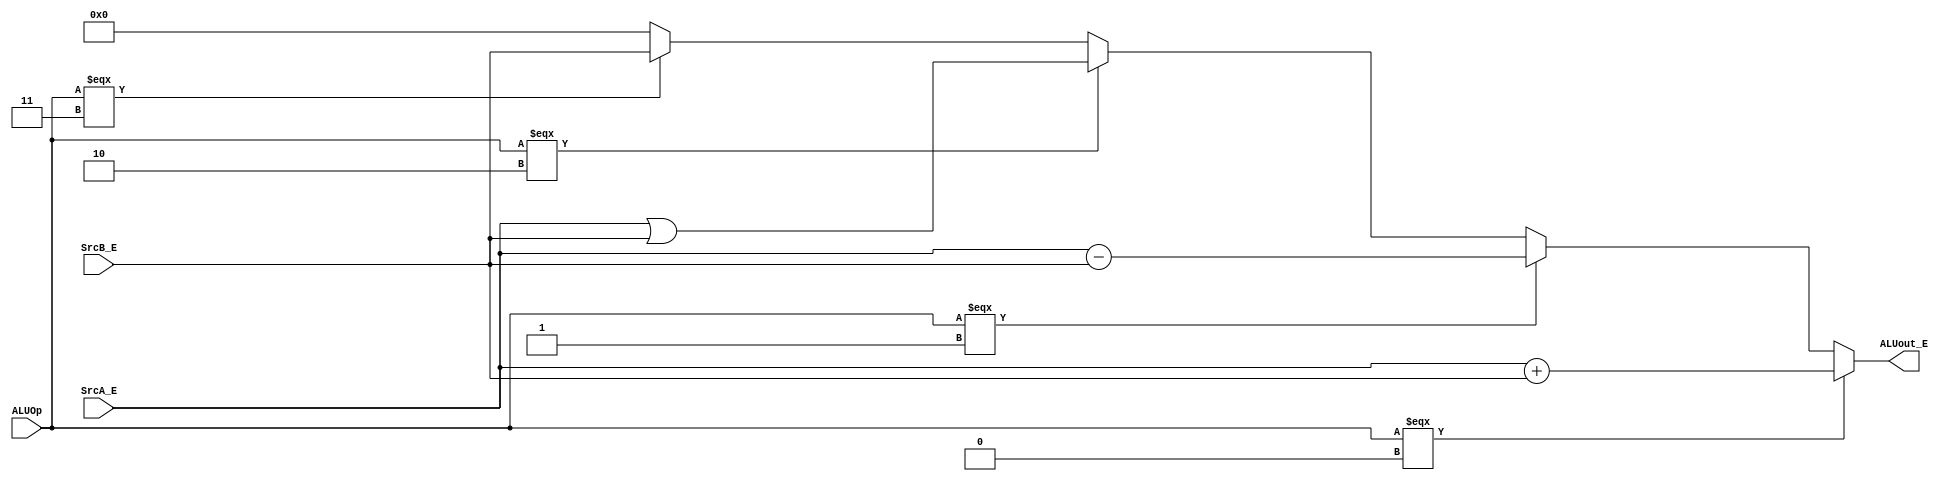
`timescale 1ns / 1ps
//////////////////////////////////////////////////////////////////////////////////
// Company: 
// Engineer: 
// 
// Design Name: 
// Module Name:    ALU 
// Project Name: 
// Target Devices: 
// Tool versions: 
// Description: 
//
// Dependencies: 
//
// Revision: 
// Revision 0.01 - File Created
// Additional Comments: 
//
//////////////////////////////////////////////////////////////////////////////////
module ALU(
    input [31:0] SrcA_E,
    input [31:0] SrcB_E,
    input [1:0] ALUOp,
    output [31:0] ALUout_E
    );

	 parameter ADD = 2'b00;
	 parameter SUB = 2'b01;
	 parameter OR = 2'b10;
	 parameter B = 2'b11;
	 
	 assign ALUout_E = 
		(ALUOp === ADD)?(SrcA_E+SrcB_E):
		(ALUOp === SUB)?(SrcA_E-SrcB_E):
		(ALUOp === OR)?(SrcA_E | SrcB_E):
		(ALUOp === B)?SrcB_E:0;
		

endmodule